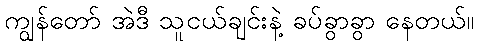
ကျွန်တော် အဲဒီ သူငယ်ချင်းနဲ့ ခပ်ခွာခွာ နေတယ်။